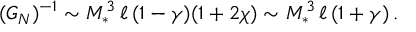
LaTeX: ( G _ { N } ) ^ { - 1 } \sim M _ { * } ^ { 3 } \, \ell \, ( 1 - \gamma ) ( 1 + 2 \chi ) \sim M _ { * } ^ { 3 } \, \ell \, ( 1 + \gamma ) \, .